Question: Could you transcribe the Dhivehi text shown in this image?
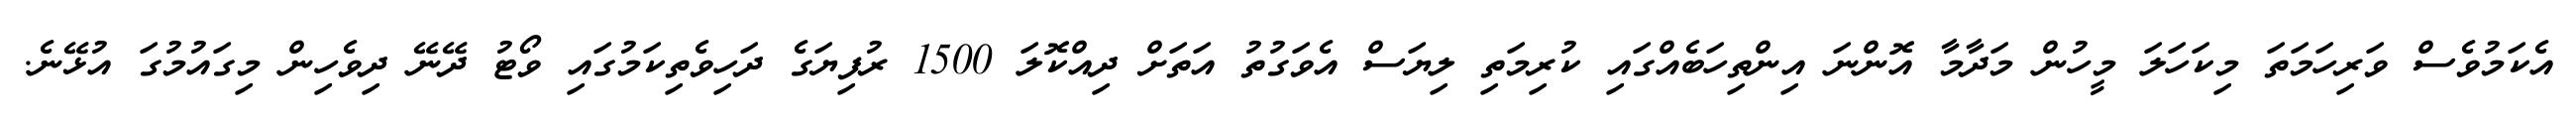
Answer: އެކަމުވެސް ވަރިހަމަތަ މިކަހަލަ މީހުން މަދާމާ އޮންނަ އިންތިހަބެއްގައި ކުރިމަތި ލިޔަސް އެވަގުތު އަތަށް ދިއްކޮލަ 1500 ރުފިޔަގެ ދަހިވެތިކަމުގައި ވޯޓު ދޭނޭ ދިވެހިން މިގައުމުގަ އުޅޭނެ.